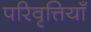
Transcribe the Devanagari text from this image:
परिवृत्तियाँ